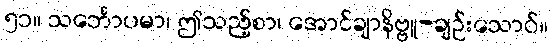
၅၁။ သင်္ဘောပမာ၊ ဤသည့်စာ၊ အောင်ချာနိဗ္ဗူ-ချဉ်းသောဝ်။